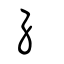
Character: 糸